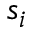
s _ { i }